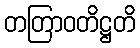
တတြာဝတိဋ္ဌတိ